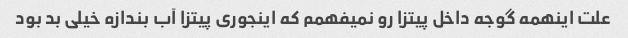
علت اینهمه گوجه داخل پیتزا رو نمیفهمم که اینجوری پیتزا آب بندازه خیلی بد بود